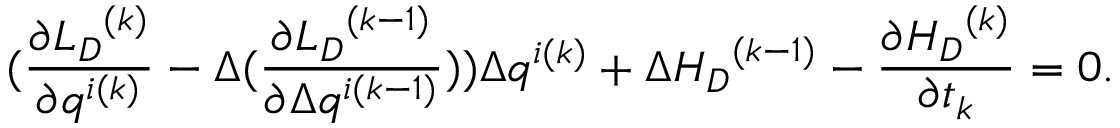
( \frac { \partial { { L } _ { D } } ^ { ( k ) } } { \partial q ^ { i ( k ) } } - \Delta ( \frac { \partial { { L } _ { D } } ^ { ( k - 1 ) } } { \partial \Delta q ^ { i ( k - 1 ) } } ) ) \Delta q ^ { i ( k ) } + \Delta { { H } _ { D } } ^ { ( k - 1 ) } - \frac { \partial { H _ { D } } ^ { ( k ) } } { \partial t _ { k } } = 0 .